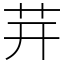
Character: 茾